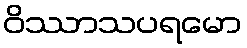
ဝိဿာသပရမော